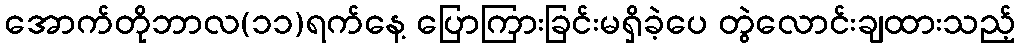
အောက်တိုဘာလ(၁၁)ရက်နေ့ ပြောကြားခြင်းမရှိခဲ့ပေ တွဲလောင်းချထားသည့်